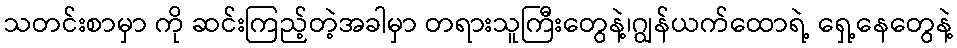
သတင်းစာမှာ ကို ဆင်းကြည့်တဲ့အခါမှာ တရားသူကြီးတွေနဲ့၊ဂျွန်ယက်ထောရဲ့ ရှေ့နေတွေနဲ့